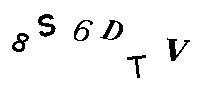
8S6DTV